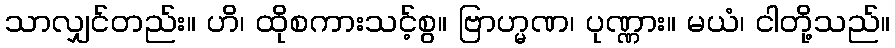
သာလျှင်တည်း။ ဟိ၊ ထိုစကားသင့်စွ။ ဗြာဟ္မဏ၊ ပုဏ္ဏား။ မယံ၊ ငါတို့သည်။